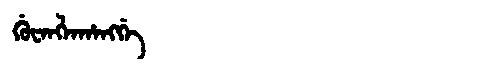
Manchu: ᡤᡠᠸᠠᠩᠯᠠᡥᠠᠩᡤᡝ
Romanization: GUWANGLAHANGGE